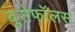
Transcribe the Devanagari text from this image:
बुसेफॉलस